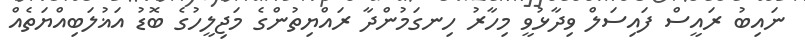
ނައިބު ރައީސް ފައިސަލް ވިދާޅުވީ މިހާރު ހިނގަމުންދާ ރައްޔިތުންގެ މަޖިލީހުގެ ބޮޑު އަޣުލަބިއްޔަތެއް